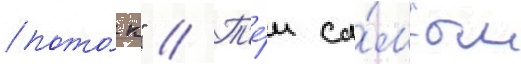
пото́к" // Т'е́м са́мым